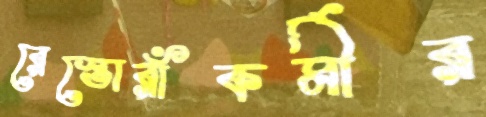
রেস্তোরাঁকর্মীর